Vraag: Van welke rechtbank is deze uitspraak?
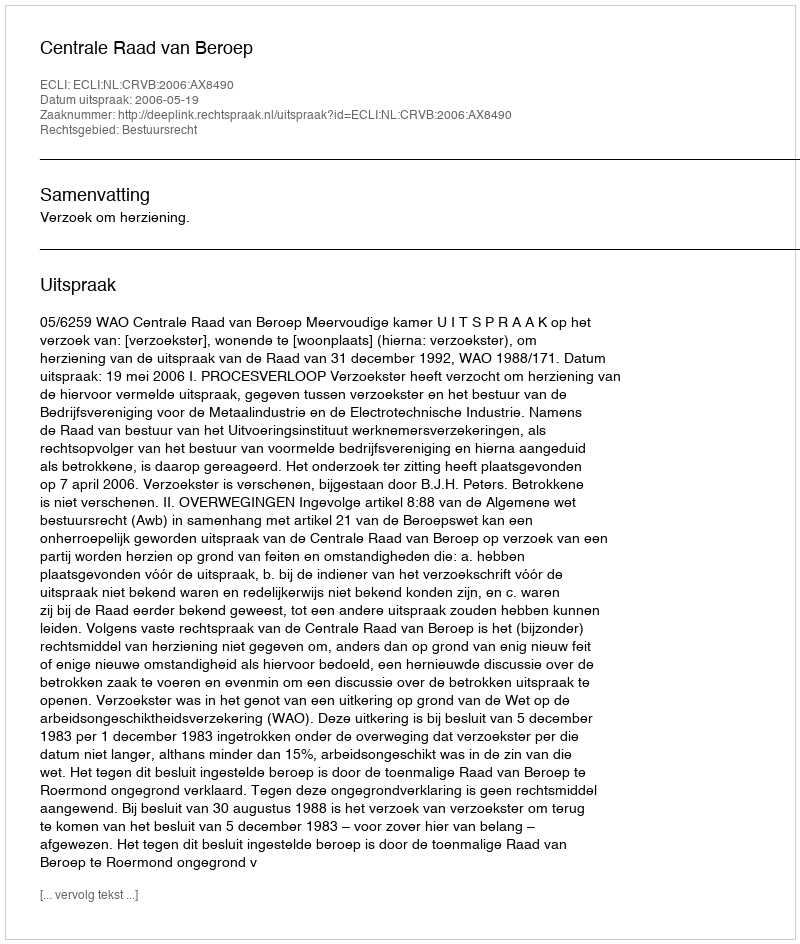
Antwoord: Centrale Raad van Beroep